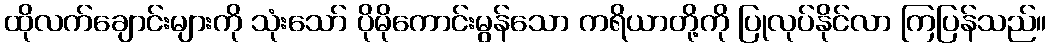
ထိုလက်ချောင်းများကို သုံးသော် ပိုမိုကောင်းမွန်သော ကရိယာတို့ကို ပြုလုပ်နိုင်လာ ကြပြန်သည်။